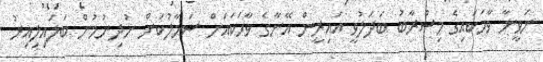
ނަވީނާ ވާހަކައިގެ މިސްރާބު ބަދަލުވީ އައިރީން އޭނާގެ ވާހަކައަށް ސަމާލުކަން ނުދިނުމުން ބަލައިލިއިރު